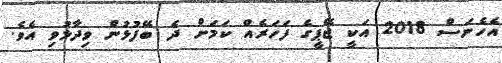
އެހެނަސް 2018 އަކީ ޖޭޕީގެ ފަހަރެއް ކަމަށް ދެ ބޭފުޅުން ވިދާޅުވި އެވެ.